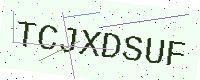
Text: TCJXDSUF